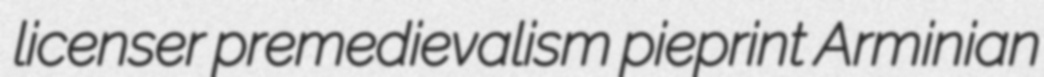
licenser premedievalism pieprint Arminian